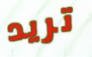
تريد